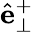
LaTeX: \hat{\mathbf{e}}_{\perp}^{+}